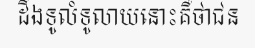
ដឹងទូលំទូលាយនោះគឺថាជន